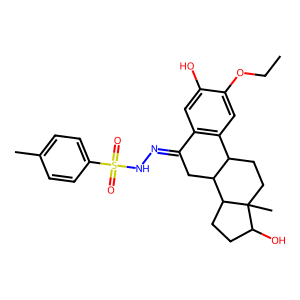
SMILES: CCOc1cc2c(cc1O)C(=NNS(=O)(=O)c1ccc(C)cc1)CC1C2CCC2(C)C(O)CCC12
Inhibits HIV replication: No